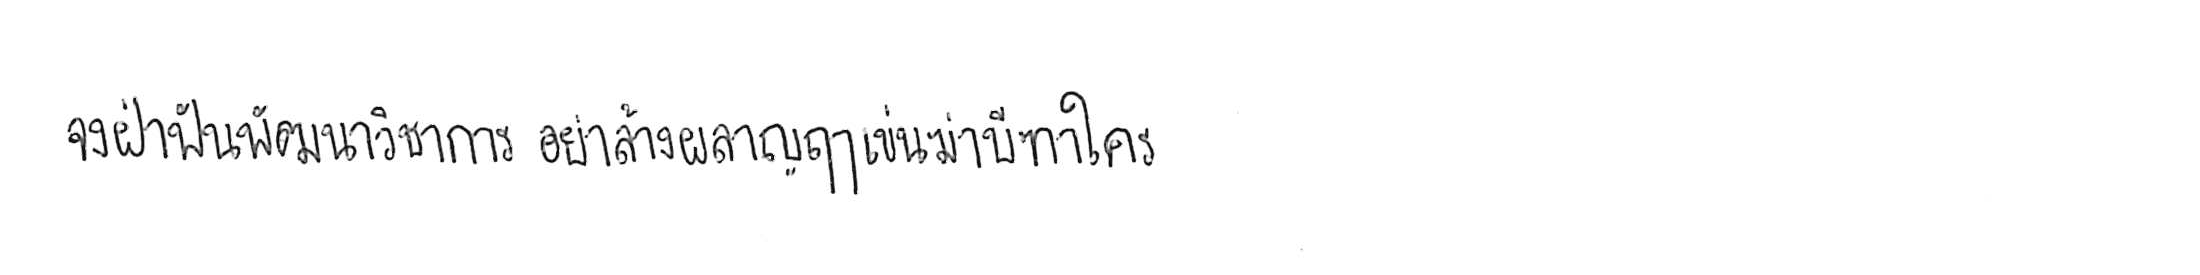
จงฝ่าฟันพัฒนาวิชาการ อย่าล้างผลาญฤๅเข่นฆ่าบีฑาใคร